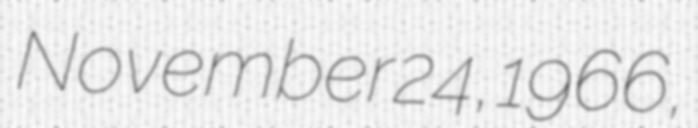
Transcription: November 24, 1966,